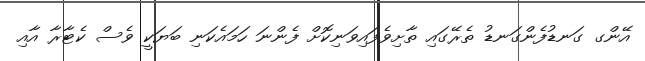
އޭންގ ގަނޑުފެންގަނޑު ތެރޭގައި ތާށިވެފައިވަނިކޮށް ފެންނަ ހަމައެކަނި ބަޔަކީ ވެސް ކެޓާރާ އާއި